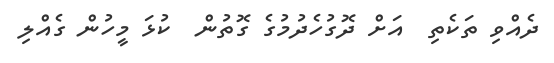
ދެއްވި ތަކެތި  އަށް ދޮގުހެދުމުގެ ގޮތުން  ކުޅަ މީހުން ގެއްލި